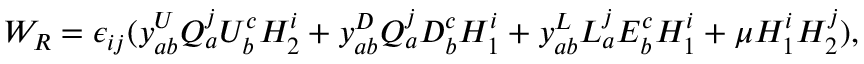
W _ { R } = \epsilon _ { i j } ( y _ { a b } ^ { U } Q _ { a } ^ { j } U _ { b } ^ { c } H _ { 2 } ^ { i } + y _ { a b } ^ { D } Q _ { a } ^ { j } D _ { b } ^ { c } H _ { 1 } ^ { i } + y _ { a b } ^ { L } L _ { a } ^ { j } E _ { b } ^ { c } H _ { 1 } ^ { i } + \mu H _ { 1 } ^ { i } H _ { 2 } ^ { j } ) ,